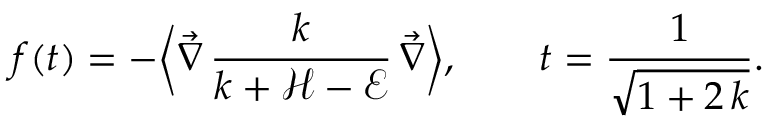
f ( t ) = - \biggl \langle \vec { \nabla } \, \frac { k } { k + \mathcal { H } - \mathcal { E } } \, \vec { \nabla } \biggr \rangle , \qquad t = \frac { 1 } { \sqrt { 1 + 2 \, k } } .